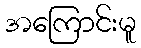
အကြောင်းမူ